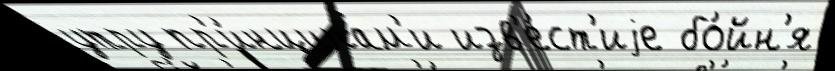
утру пр'и́нципам'и изв'е́ст'иjе бо́йн'я